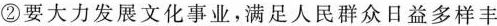
②要大力发展文化事业，满足人民群众日益多样丰